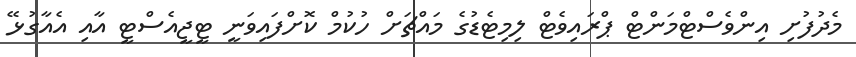
މެދުފުށި އިންވެސްޓްމަންޓް ޕްރައިވެޓް ލިމިޓެޑުގެ މައްޗަށް ހުކުމް ކޮށްފައިވަނީ ޓީޖީއެސްޓީ އާއި އެއާގުޅޭ